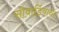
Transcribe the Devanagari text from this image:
सीवार्डियाना